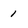
Character: 1